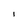
Character: I